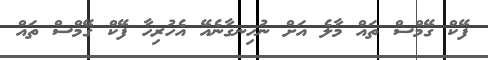
ފޭކް ގޭމްސް ތައް މާލެ އަށް ނުހިނގާނެއޭ އެހުރިހާ ފޭކް ގޭމްސް ތައް